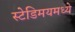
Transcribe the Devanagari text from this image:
स्टेडिमयमध्ये